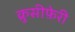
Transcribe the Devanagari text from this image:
क्रुसीफ़ेरी